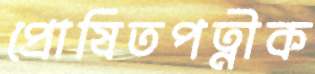
প্রোষিতপত্নীক